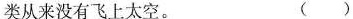
类从来没有飞上太空。 ( )